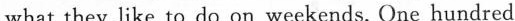
what they like to do on weekends.One hundred